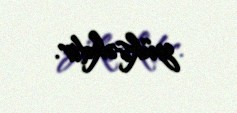
yüksəkdir.